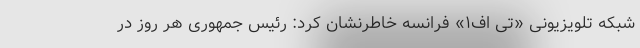
شبکه تلویزیونی «تی اف۱» فرانسه خاطرنشان کرد: رئیس جمهوری هر روز در